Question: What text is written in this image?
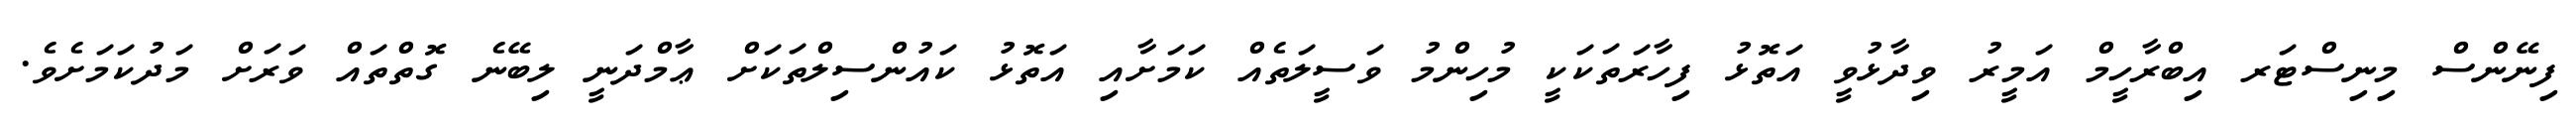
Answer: ފިނޭންސް މިނިސްޓަރ އިބްރާހީމް އަމީރު ވިދާޅުވީ އަތޮޅު ފިހާރަތަކަކީ މުހިންމު ވަސީލަތެއް ކަމަށާއި އަތޮޅު ކައުންސިލްތަކަށް ޢާމްދަނީ ލިބޭނެ ގޮތްތައް ވަރަށް މަދުކަމަށެވެ.